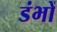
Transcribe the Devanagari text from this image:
डंभों